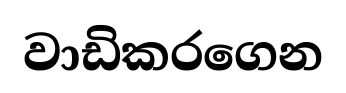
වාඩිකරගෙන